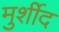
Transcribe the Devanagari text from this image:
मुर्शीद